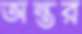
অন্তর